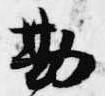
勘